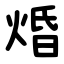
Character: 焝